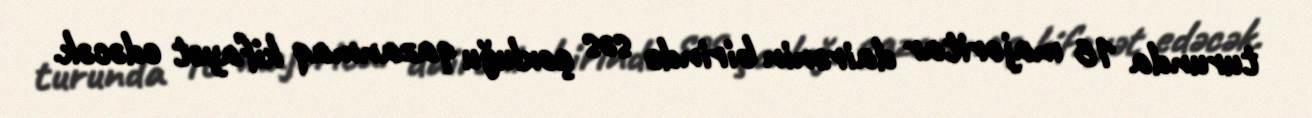
turunda 16 majoritar dairənin birində səs çoxluğu qazanmaq kifayət edəcək.